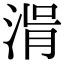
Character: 𣷢